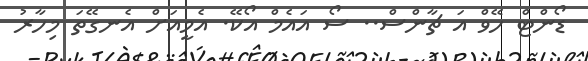
ޑޯންޓް ހޭވް އަ ޗާންސް.. ސޯ އައެމް އޯކޭ. އެމީއަށް އެނގޭތަ މިހާރު